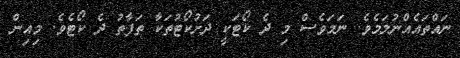
ނައްތައެއްނުލަމެވެ. ނަމަވެސް މި ދެ ކޯޓަކީ ދަށުކޯޓުތަކާ ތަފާތު ދެ ކޯޓެވެ. މިއިން